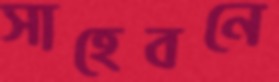
সাহেবনে